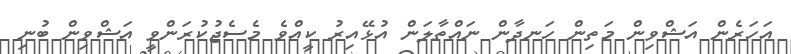
އަހަރެން އަޝްވިން މަތިން ހަނދާން ނައްތާލަން އުޅޭއިރު ކީއްވެ މެސެޖުކުރަންވީ އަޝްވިން ބުނި